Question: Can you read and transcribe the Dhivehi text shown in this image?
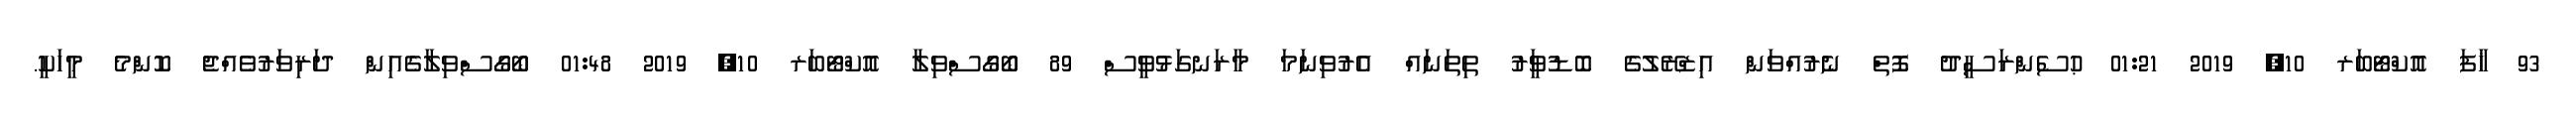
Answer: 93 ޚާފަ އޮކްޓޯބަރ 10, 2019 01:21 ޙުސެންރަސީދު ފޮތް ނެރުއްވަން އިޒްރޭލުގެ ބޮޑުވަީރު ތިތަނައް އެރުވިނަމަ މާރަނގަޅުވީސް 89 ބޯގޯސްވިލާ އޮކްޓޯބަރ 10, 2019 01:48 ބޯގޯސްވިލާގެއިން ދަރިވަރުވެއްޖެ ކޮންމެ މީހަކީ.